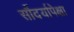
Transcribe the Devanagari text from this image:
सौंदर्यापेक्षा